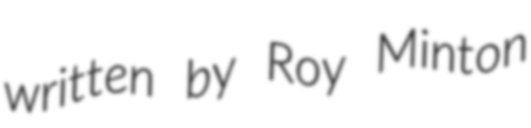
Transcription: written by Roy Minton